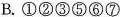
B.①②③⑤⑥⑦